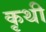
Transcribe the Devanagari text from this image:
कृथी